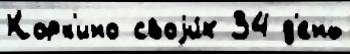
Корк'ино своjи́х 34 д'ень